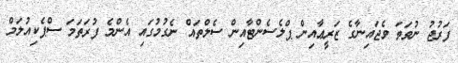
ފަރުޖު ނުވަތަ ވެޖައިނާގެ ޒަރީޢާއިން ޕްލެސެންޓާއިން ސެލްތައް ނެގުމުގައި އެންމެ ފުރަތަމަ ސްޕެކިއުލަމް